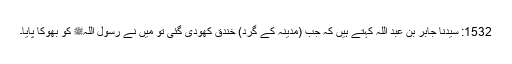
1532: سیدنا جابر بن عبد اللہؓ کہتے ہیں کہ جب (مدینہ کے گرد) خندق کھودی گئی تو میں نے رسول اللہﷺ کو بھوکا پایا۔